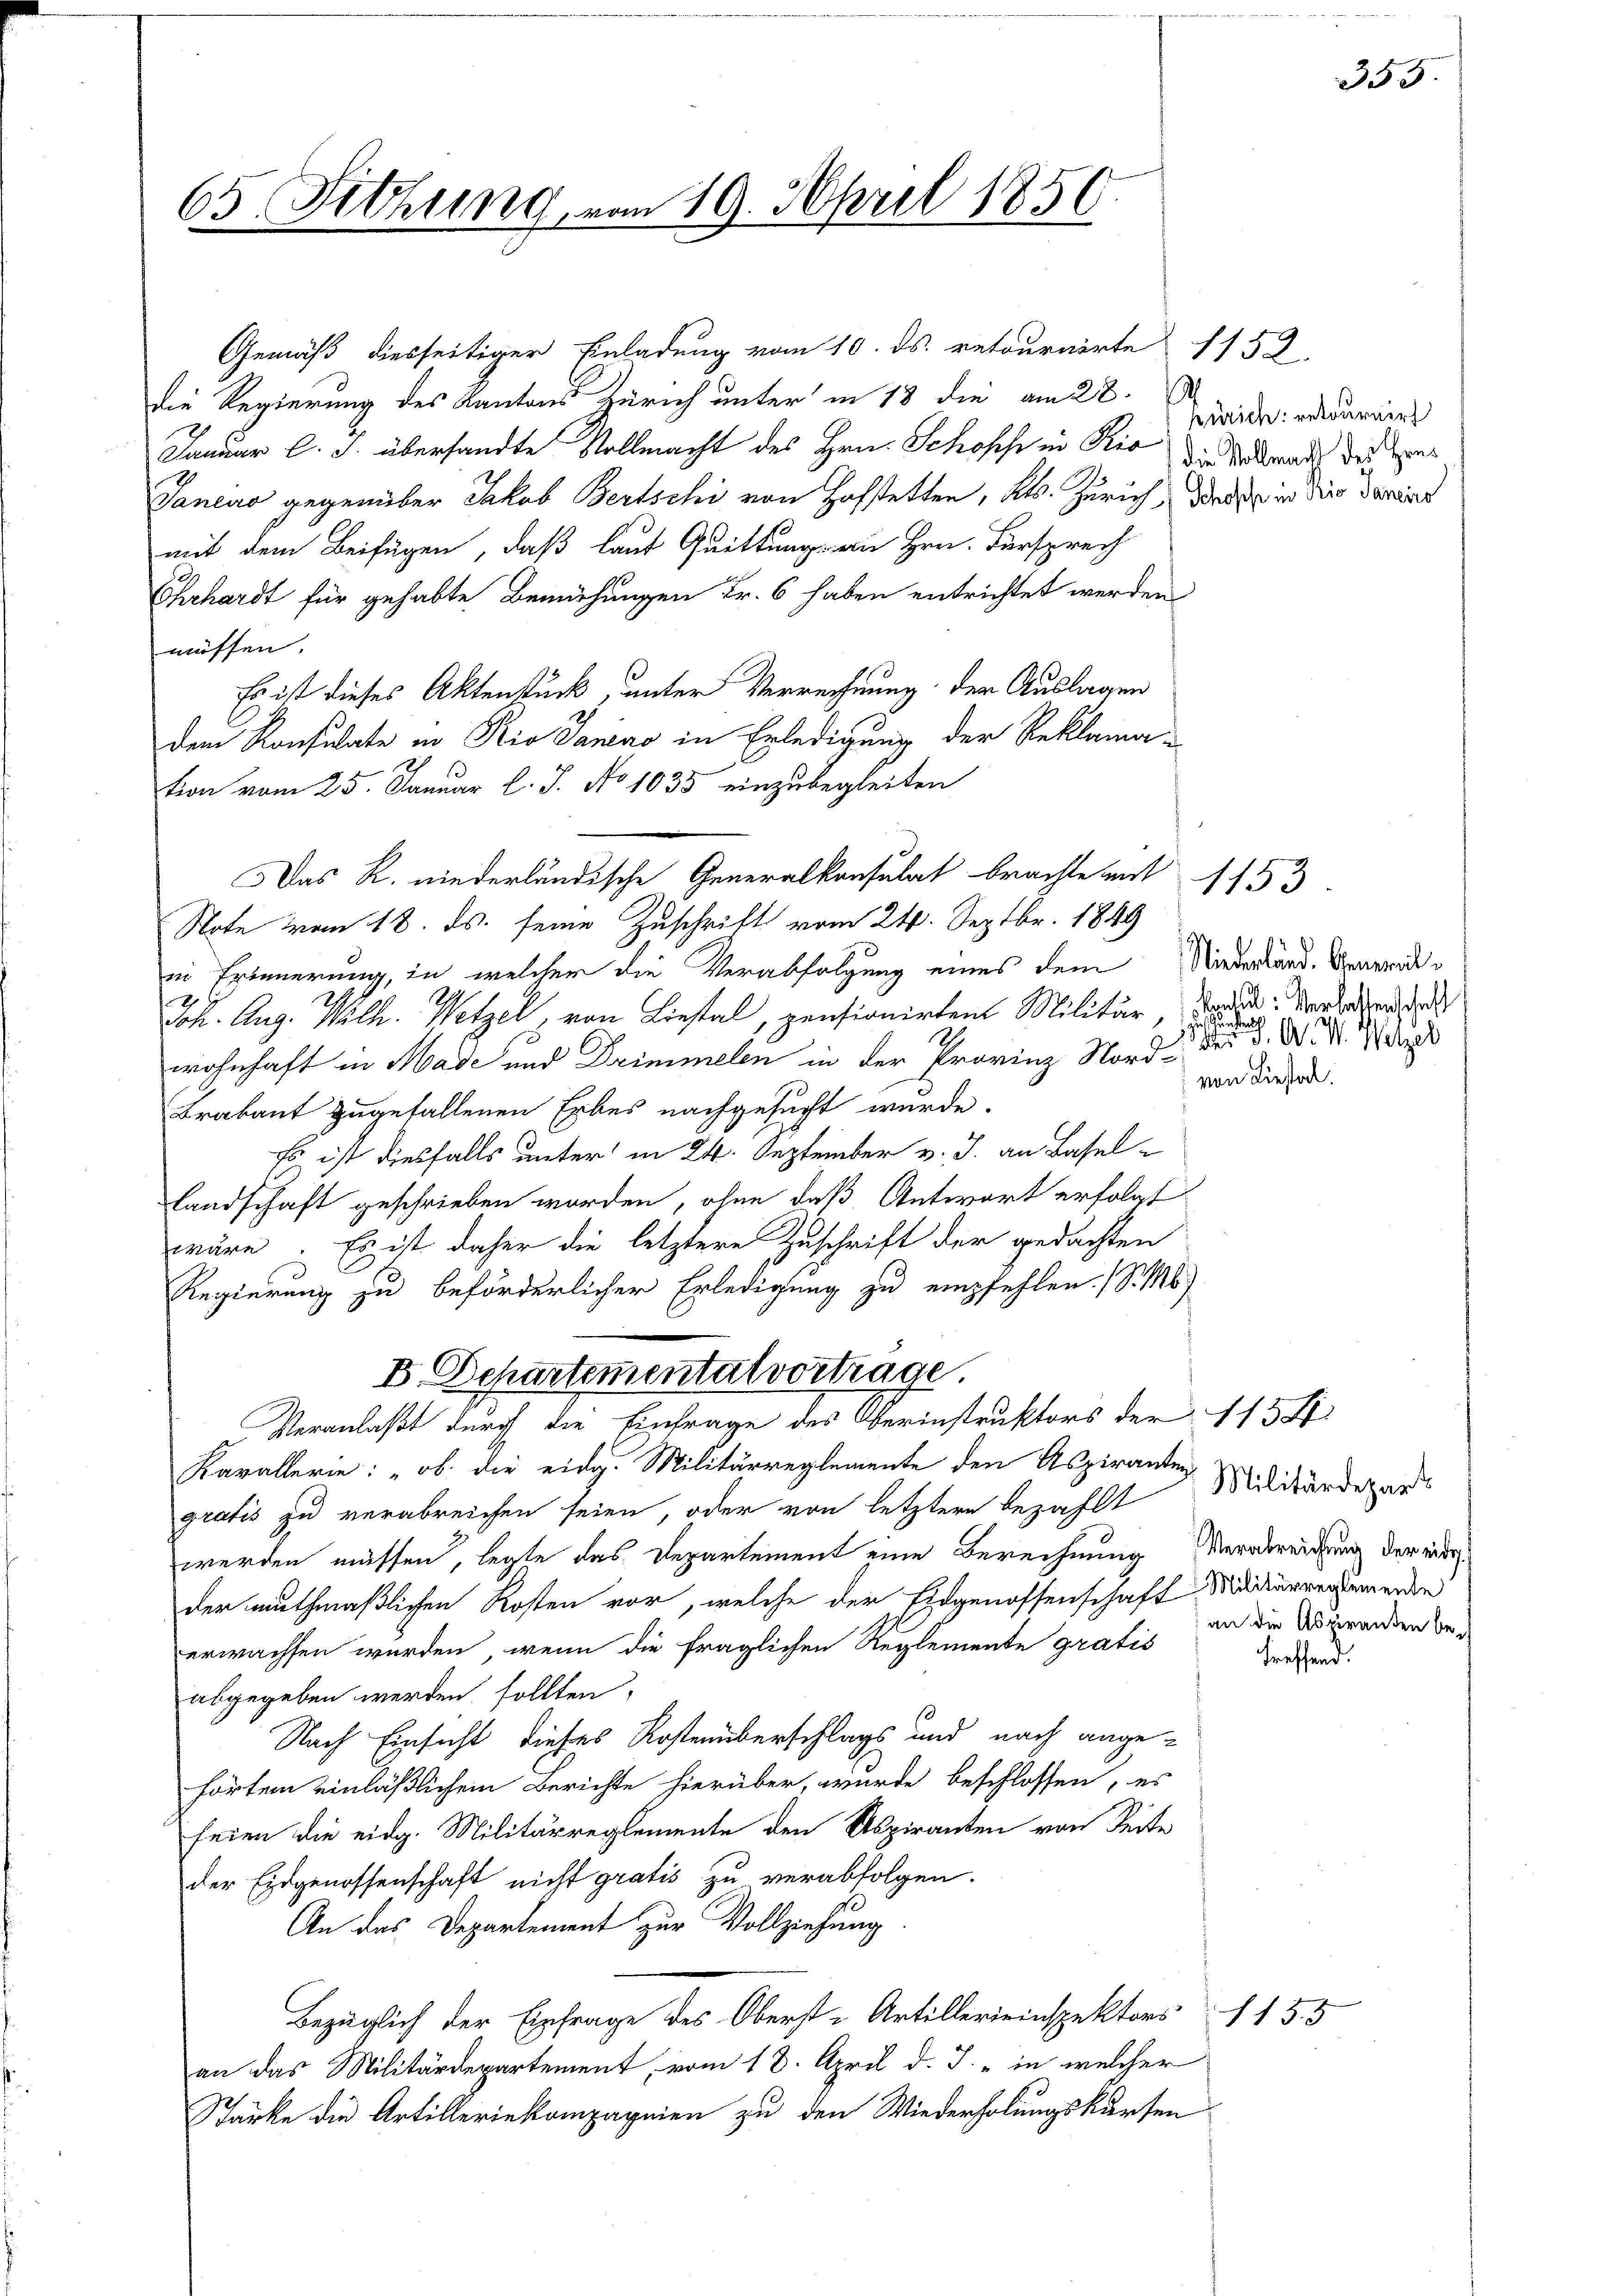
65 Fitzung vom 19. April 1850.

Gemäß diesseitiger Einladung vom 10. ds. retournirte 1152.
die Regierung des Kantons Zürich unter in 18 die am 22.
Januar l. J. übersandte Vollmacht des Hrn. Schosche in Rio die Sonach des Eins
Taneus gegenüber Jakob Bertschi von Hofstetten, Kts. Zürich, das in die darinit
mit dem Beifügen, daß laut Quittung an Hrn. Fürsprech
Ehehardt für gehabte Bemühungen Fr. 6 haben entrichtet werden
müssen.
Es ist dieses Aktenstück, unter Verrechnung der Auslagen
dem Konsulate in Rio Saneno in Erledigung der Reklama
h
tion vom 25. Januar l. J. No 1035 einzubegleiten
Note vom 18. ds. seine Zuschrift vom 24. Septbr. 1849
ii Erinnerung, in welcher die Verabfolgung eines dem Niederland. General¬
Joh. Aug. Wilh. Wetzel, von Liefel, pensionirten Militär, die Verlegen das
wohnhaft in Made und Drimmelen in der Provinz Nord¬
Brabant zugefallenen Erbes nachgesucht wurde.
Es ist diesfalls unter in 24. September v. J. an Basel¬
Landschaft geschrieben worden, ohne daß Antwort erfolgt
wäre. Es ist daher die letztere Zuschrift der gedachten
Regierung zu beförderlicher Erledigung zu empfehlen. (S. M.)
B. Departementatvortrage
Veranlaßt durch die Einfrage des Oberinstruktors der 113 f.
Kavallerie: „ob. die eidg. Militärreglemente den Aspiranten
gratis zu verabreichen seien, oder von letztere bezahlt
werden müssen, legte das Departement eine Berechnung Verabreichung der eidder muthmaßlichen Kosten vor, welche der Eidgenossenschaft Midierreglemende
erwachsen würden, wenn die fraglichen Reglemente gratis
abgegeben werden sollten,
Nach Einsicht dieses Kostenüberschlags und nach angehörtem einläßlichem Berichte hierüber, wurde beschlossen, es
seien die eidg. Militärreglemente den Aspiranten von Seite
der Eidgenossenschaft nicht gratis zu verabfolgen.
An das Departement zur Vollziehung
Bezüglich der Einfrage des Oberst-Artillerieinspektors
an das Militärdepartement, vom 18. April d. J. in welcher
Stärke die Artilleriekompagnien zu den Wiederholungskursen

Das R. niederländische Generalkonsulat brachte mit 1153.

Zürich: retournir

sunstens
S J. A. W. Wetzel
von Liester.

Militärdepart
an die Aspiranten be-
treffend.

155

355.